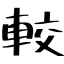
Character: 較